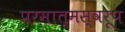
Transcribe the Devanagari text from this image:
परमात्मस्वरूप